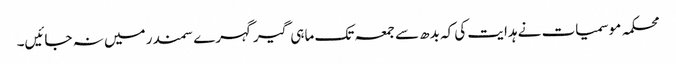
محکمہ موسمیات نے ہدایت کی کہ بدھ سے جمعہ تک ماہی گیرگہرے سمندر میں نہ جائیں۔